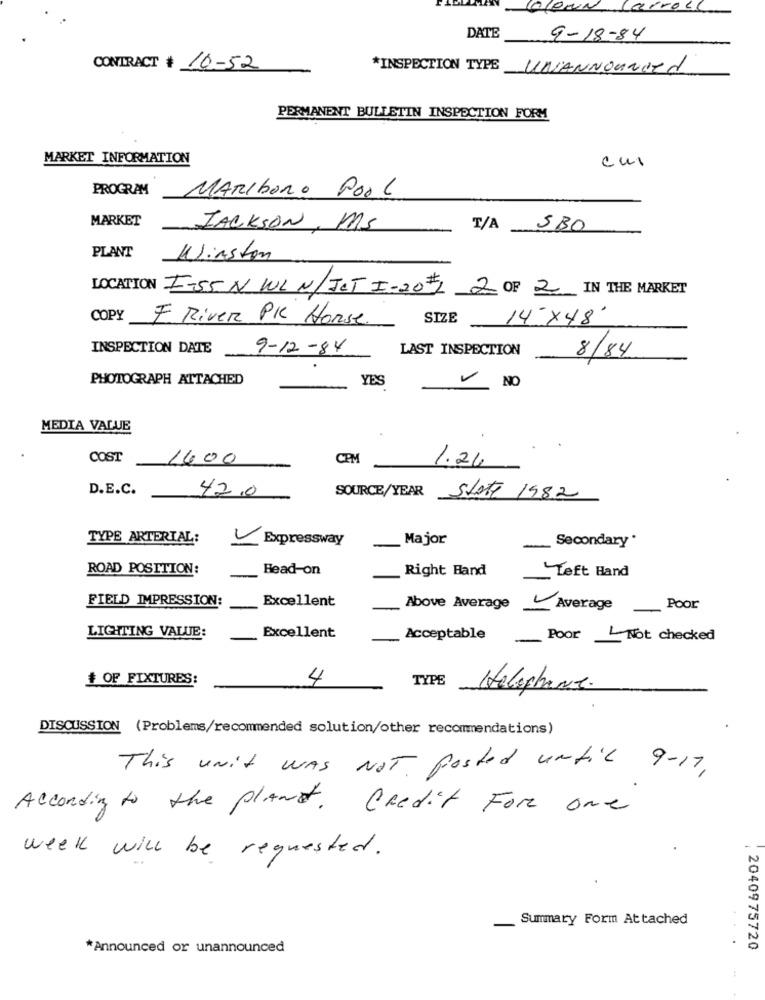
10
ProLL
DATE
9-18-84
CONTRACT # 10-52
*INSPECTION TYPE
UNANNOUNDEd
PERMANENT BULLETIN INSPECTION FORM
MARKET INFORMATION
cui
PROGRAM
MARIboro Pool
MARKET
JACKSON , MS
T/A
SBO
PLANT
Winston
LOCATION I-55 N WL N/JET I-201 2 OF 2 IN THE MARKET
COPY
F River PK Horse
SIZE
14 x 48'
INSPECTION DATE
9-12-84
LAST INSPECTION
8/84
PHOTOGRAPH ATTACHED
YES
NO
MEDIA VALUE
COST
1600
CPM
1.24
D.E.C.
42.0
SOURCE/YEAR
Slott 1982
TYPE ARTERIAL:
Expressway
Major
Secondary*
ROAD POSITION:
Head-on
Right Hand
Left Hand
FIELD IMPRESSION:
Excellent
Above Average
Average
Poor
LIGHTING VALUE:
Excellent
Acceptable
Poor Not checked
# OF FIXTURES:
4
TYPE
Helephant.
DISCUSSION (Problems/recommended solution/other recommendations)
This UNit WAS NOT Posted until 9-17.
According to the planet. Credit For one
week will be requested .
Summary Form Attached
-
.
*Announced or unannounced
: 2040975720